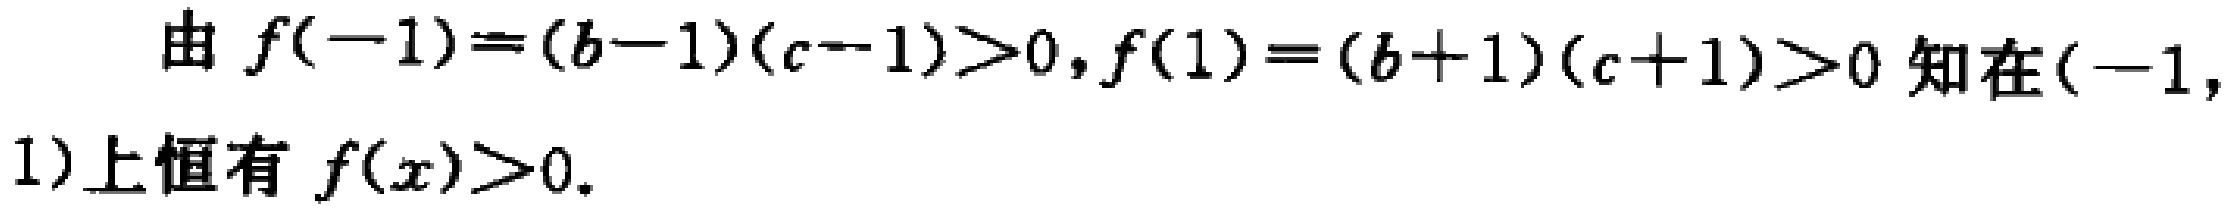
由 \(f(-1)=(b - 1)(c - 1)>0,f(1)=(b + 1)(c + 1)>0\) 知在\((-1,1)\)上恒有 \(f(x)>0.\)